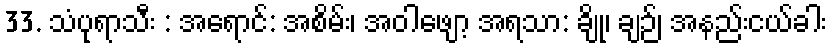
33. သံပုရာသီး : အရောင်: အစိမ်း၊ အဝါဖျော့ အရသာ: ချို၊ ချဉ်၊ အနည်းငယ်ခါး